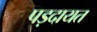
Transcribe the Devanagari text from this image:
पड़दायत